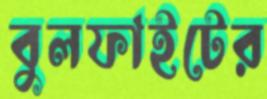
বুলফাইটের